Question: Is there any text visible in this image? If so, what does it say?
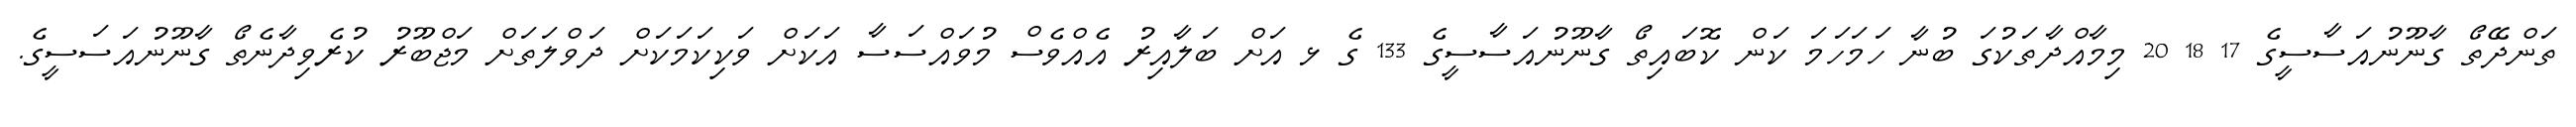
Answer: ތަންދޭތޯ ގާނޫނުއަސާސީގެ 17 18 20 މިމާއްދާތަކުގަ ބުނާ ހަމަހަމަ ކަން ކޮބައިތޯ ގާނޫނުއަސާސީގެ 133 ގެ ޅ އަށް ބަލާއިރު އެއްވެސް މުވައްސަސާ އަކަށް ވަކިކަމަކަށް ދަވްލަތަށް މަޖްބޫރު ކުރެވިދާނެތޯ ގާނޫނުއަސަސީގެ.